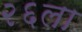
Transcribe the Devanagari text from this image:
२६ला